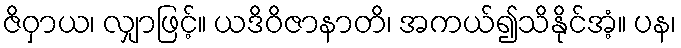
ဇိဝှာယ၊ လျှာဖြင့်။ ယဒိဝိဇာနာတိ၊ အကယ်၍သိနိုင်အံ့။ ပန၊